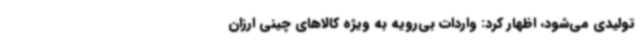
تولیدی می‌شود، اظهار کرد: واردات بی‌رویه به ویژه کالاهای چینی ارزان